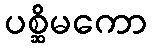
ပစ္ဆိမကော